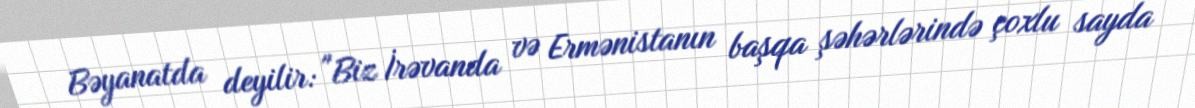
Bəyanatda deyilir: "Biz İrəvanda və Ermənistanın başqa şəhərlərində çoxlu sayda